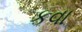
કવા